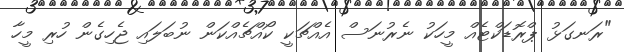
"ރަނގަޅު ޕްރޮޑަކްޓެއް މީހަކު ނެރުނަސް އެއްޗަކީ ކޯއްޗެއްކަން ނުބަލައި ޖެހިގެން ހުރި މީހާ